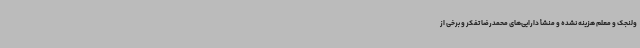
ولنجک و معلم هزینه نشده و منشأ دارایی‌های محمدرضا تفکر و برخی از